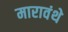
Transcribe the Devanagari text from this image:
मारावंथे